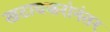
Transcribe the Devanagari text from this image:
खटावकरांनंतर